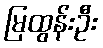
မြထွန်းဦး